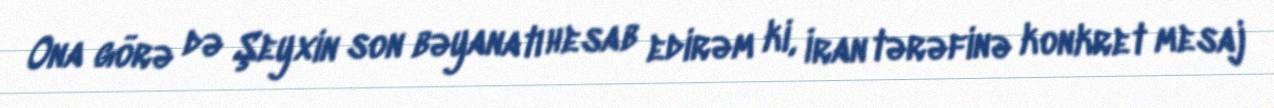
Ona görə də Şeyxin son bəyanatı hesab edirəm ki, İran tərəfinə konkret mesaj